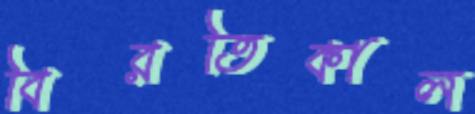
বিরতিকাল